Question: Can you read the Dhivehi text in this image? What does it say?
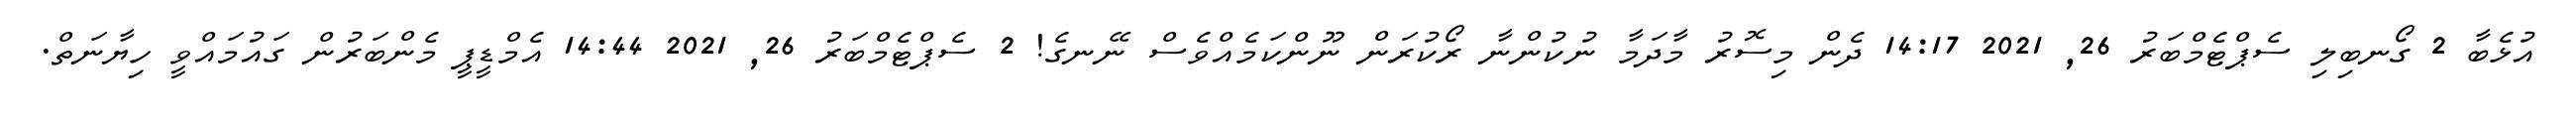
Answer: އުޅެބާ 2 ގޯނބިލި ސެޕްޓެމްބަރު 26, 2021 14:17 ދެން މިސޮރު މާދަމާ ނުކުންނާ ރޯކުރަން ނޫންކަމެއްވެސް ނޭނގެ! 2 ސެޕްޓެމްބަރު 26, 2021 14:44 އެމްޑީޕީ މެންބަރުން ގައުމައްވީ ހިޔާނަތް.